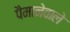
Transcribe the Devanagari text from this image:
पैमानेवाले